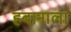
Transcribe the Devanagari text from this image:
हबानाला